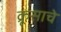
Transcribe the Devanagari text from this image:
क्रूसाचे